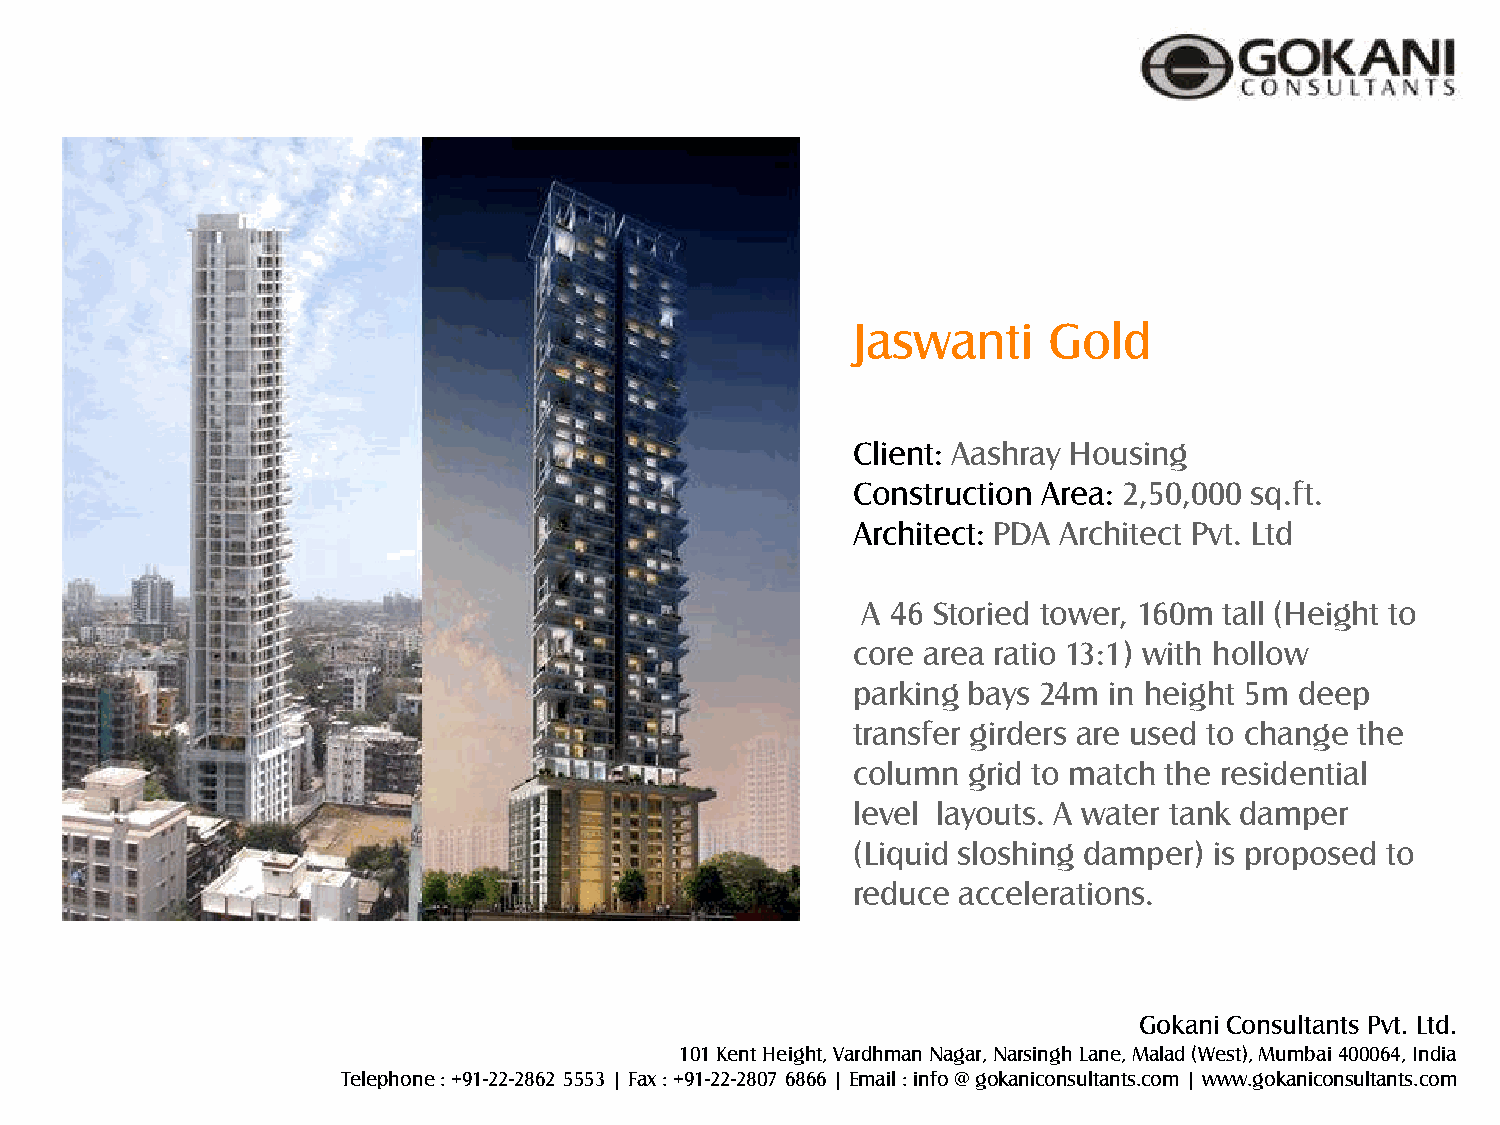
Jaswanti     Gold
 Client: Aashray Housing
 Construction Area: 2,50,000 sq.ft.
 Architect: PDA Architect Pvt. Ltd
 A 46 Storied tower, 160m tall (Height to
 core area ratio 13:1) with hollow
 parking bays 24m in height 5m deep
 transfer girders are used to change the
 column  grid to match the residential
 level layouts. A water tank damper
 (Liquid sloshing damper) is proposed to
 reduce  accelerations.
 Gokani Consultants Pvt. Ltd.
 101 Kent Height, Vardhman Nagar, Narsingh Lane, Malad (West), Mumbai 400064, India
 Telephone : +91-22-2862 5553 | Fax : +91-22-2807 6866 | Email : info @ gokaniconsultants.com | www.gokaniconsultants.com